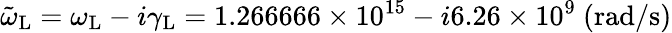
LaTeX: \tilde{\omega}_{\mathrm{L}}=\omega_{\mathrm{L}}-i\gamma_{\mathrm{L}}=1.266666\times 10^{15}-i6.26\times 10^{9}~(\mathrm{rad}/\mathrm{s})